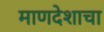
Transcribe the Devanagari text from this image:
माणदेशाचा